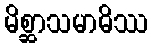
မိစ္ဆာသမာဓိဿ